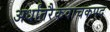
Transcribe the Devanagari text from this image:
अर्धांतरैकवाचकपद